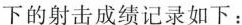
下的射击成绩记录如下：